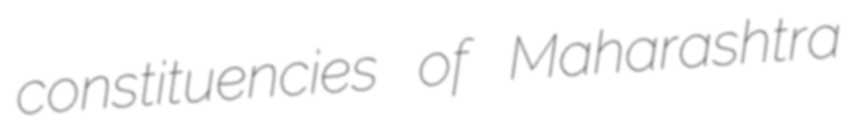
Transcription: constituencies of Maharashtra